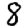
Digit: 8